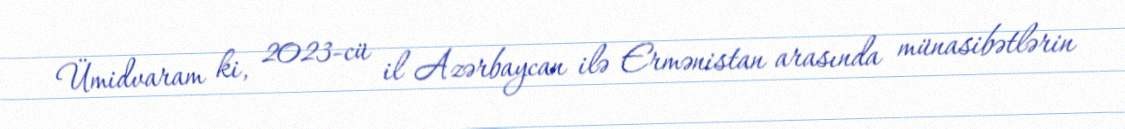
Ümidvaram ki, 2023-cü il Azərbaycan ilə Ermənistan arasında münasibətlərin